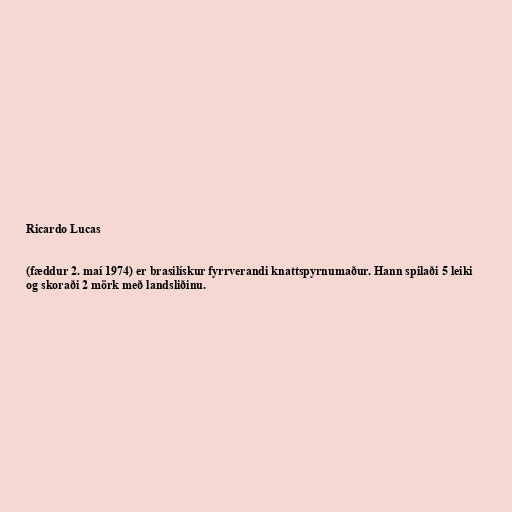
Ricardo Lucas

(fæddur 2. maí 1974) er brasilískur fyrrverandi knattspyrnumaður. Hann spilaði 5 leiki
og skoraði 2 mörk með landsliðinu.